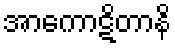
အာကောဋိတာနိ